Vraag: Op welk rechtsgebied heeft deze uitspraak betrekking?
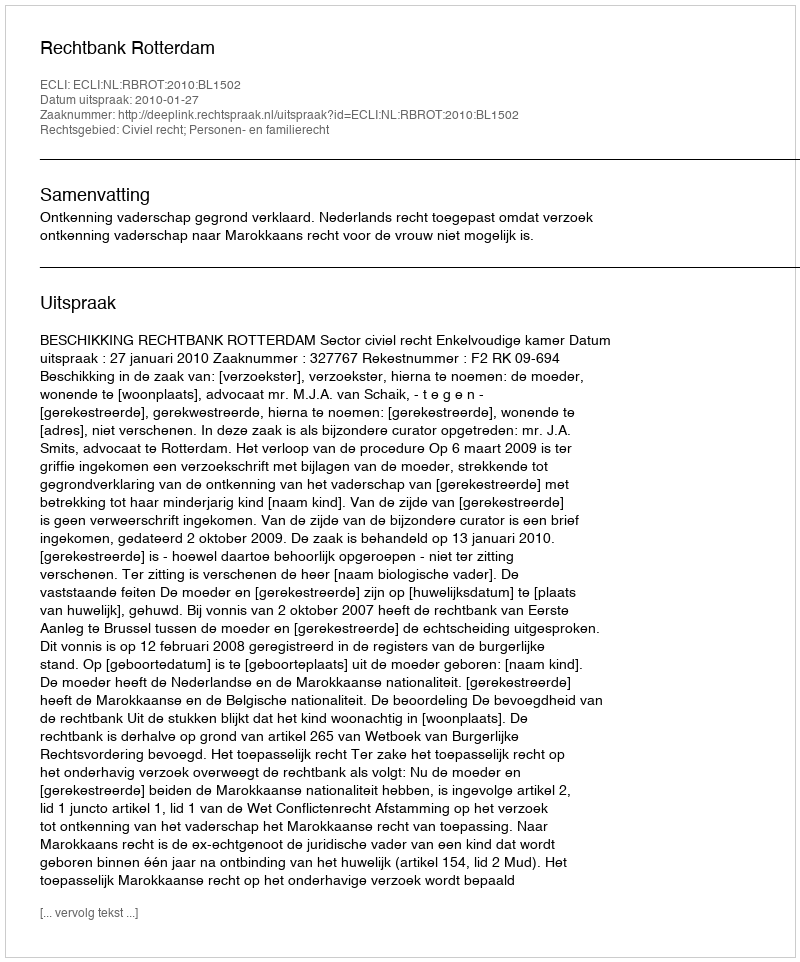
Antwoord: Civiel recht; Personen- en familierecht